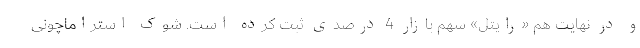
و در نهایت هم «رایتل» سهم بازار 4 درصدی ثبت کرده است. شوک استراماچونی